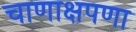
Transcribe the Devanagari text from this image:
चाणाक्षपणा